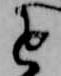
を